Civil Veterinary Dept. Bombay admin report 1932-41 - 1932-1941
Year: 1932
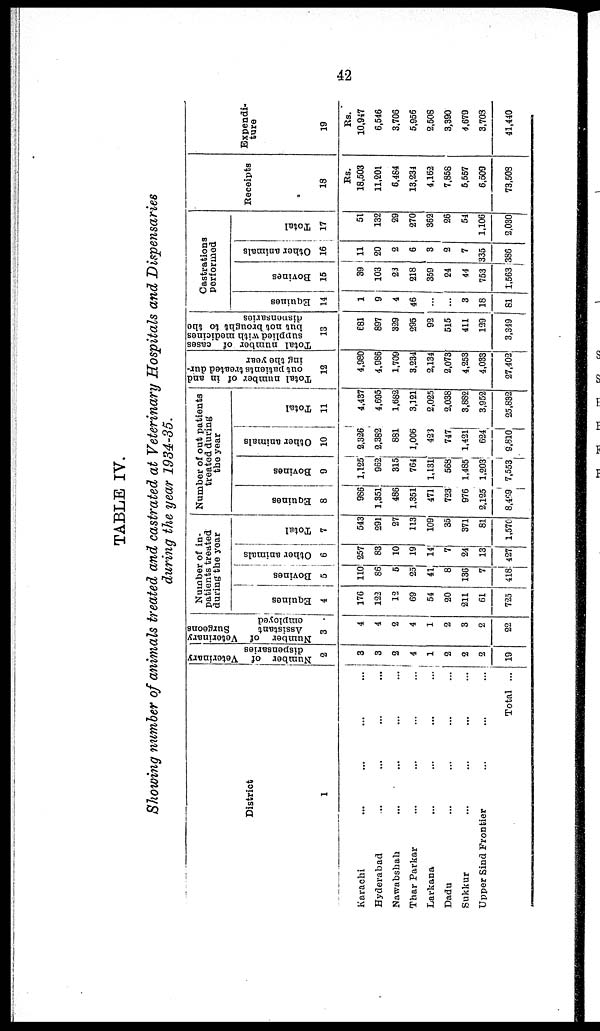
42
TABLE IV.
Showing number of animals treated and castrated at Veterinary Hospitals and Dispensaries
during the year 1934-35.
District
1
Karachi ... ... ... ...
Hyderabad ... ... ... ...
Nawabshah ... ... ... ...
Thar Parkar ... ... ... ...
Larkana ... ... ... ...
Dadu ... ... ... ...
Sukkur ... ... ... ...
Upper Sind Frontier ... ... ...
Total ...
Number of Veterinary
dispensaries
2
3
3
2
4
1
2
2
2
19
Number of Veterinary
Assistant
Surgeons
employed
3
4
4
2
4
1
2
3
2
22
Number of in-
patients treated
during the year
Equines
4
176
122
12
69
54
20
211
61
725
Bovines
5
110
86
5
25
41
8
136
7
418
Other animals
6
257
83
10
19
14
7
24
13
427
Total
7
543
291
27
113
109
35
371
81
1,570
Number of out patients
treated during
the year
Equines
8
986
1,351
486
1,351
471
723
976
2,125
8,469
Bovines
9
1,125
962
315
764
1,131
568
1,485
1,203
7,553
Other animals
10
2,326
2,382
881
1,006
423
747
1,421
624
9,810
Total
11
4,437
4,695
1,682
3,121
2,025
2,038
3,882
3,952
25,832
Total number of in and
out patients treated dur-
ing the year
12
4,980
4,986
1,709
3,234
2,134
2,073
4,253
4,033
27,402
Total number of cases
supplied with medicines
but not brought to the
dispensaries
13
681
897
329
295
92
515
411
129
3,349
Castrations
Performed
Equines
14
1
9
4
46
...
...
3
18
81
Bovines
15
39
103
23
218
359
24
44
753
1,563
Other animals
16
11
20
2
6
3
2
7
335
386
Total
17
51
132
29
270
362
26
54
1,106
2,030
Receipts
18
Rs.
18,503
11,201
6,484
13,234
4,162
7,858
5,557
6,509
73,508
Expendi-
ture
19
Rs.
10,947
6,546
3,706
5,956
2,508
3,390
4,679
3,703
41,440